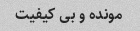
مونده و بی کیفیت